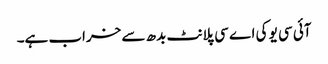
آئی سی یو کی اے سی پلانٹ بدھ سے خراب ہے۔